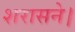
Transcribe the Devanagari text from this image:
शरासने।